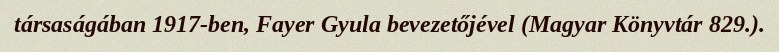
társaságában 1917-ben, Fayer Gyula bevezetőjével (Magyar Könyvtár 829.).